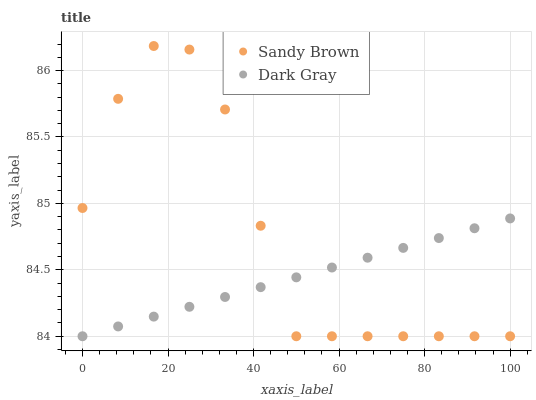
| xaxis_label | Sandy Brown | Dark Gray |
 | --- | --- | --- |
 | 0 | 85 | 84 |
 | 8.33 | 85.8 | 84.1 |
 | 16.7 | 86.2 | 84.1 |
 | 25 | 86.2 | 84.2 |
 | 33.3 | 85.7 | 84.3 |
 | 41.7 | 84.8 | 84.4 |
 | 50 | 84 | 84.4 |
 | 58.3 | 84 | 84.5 |
 | 66.7 | 84 | 84.6 |
 | 75 | 84 | 84.7 |
 | 83.3 | 84 | 84.7 |
 | 91.7 | 84 | 84.8 |
 | 100 | 84 | 84.9 |